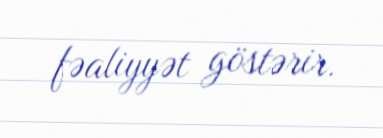
fəaliyyət göstərir.